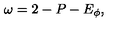
\omega = 2 - P - E _ { \phi } ,